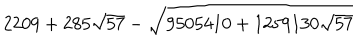
2 2 0 9 + 2 8 5 \sqrt { 5 7 } - \sqrt { 9 5 0 5 4 1 0 + 1 2 5 9 1 3 0 \sqrt { 5 7 } }